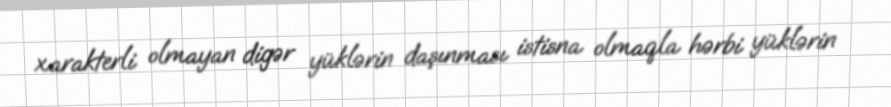
xarakterli olmayan digər yüklərin daşınması istisna olmaqla hərbi yüklərin